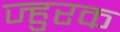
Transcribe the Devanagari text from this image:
ज्हुरक